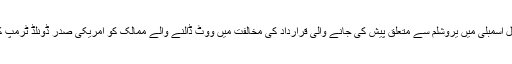
پاکستان نے کہا ہے کہ اقوامِ متحدہ کی جنرل اسمبلی میں یروشلم سے متعلق پیش کی جانے والی قرارداد کی مخالفت میں ووٹ ڈالنے والے ممالک کو امریکی صدر ڈونلڈ ٹرمپ کی پیشگی دھمکی جمہوریت کی توہین ہے۔